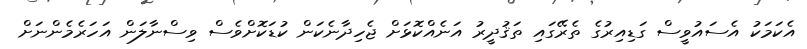
އެކަމަކު އެސައުވީސް ގަޑިއިރުގެ ތެރޭގައި ތަޤުދީރު އަނެއްކޮޅަށް ޖެހިދާނެކަން ކުޑަކޮށްވެސް ވިސްނާލަން އަހަރެމެންނަށް